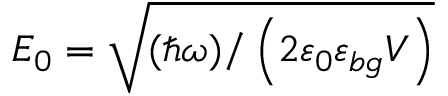
E _ { 0 } = \sqrt { ( \hbar \omega ) / \left( 2 \varepsilon _ { 0 } \varepsilon _ { b g } V \right) }